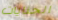
الجنايات